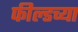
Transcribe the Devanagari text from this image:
फील्डच्या